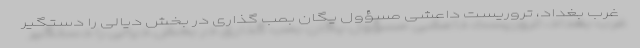
غرب بغداد، تروریست داعشی مسؤول یگان بمب گذاری در بخش دیالی را دستگیر